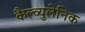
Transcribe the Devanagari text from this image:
कैल्व्युलेनिक